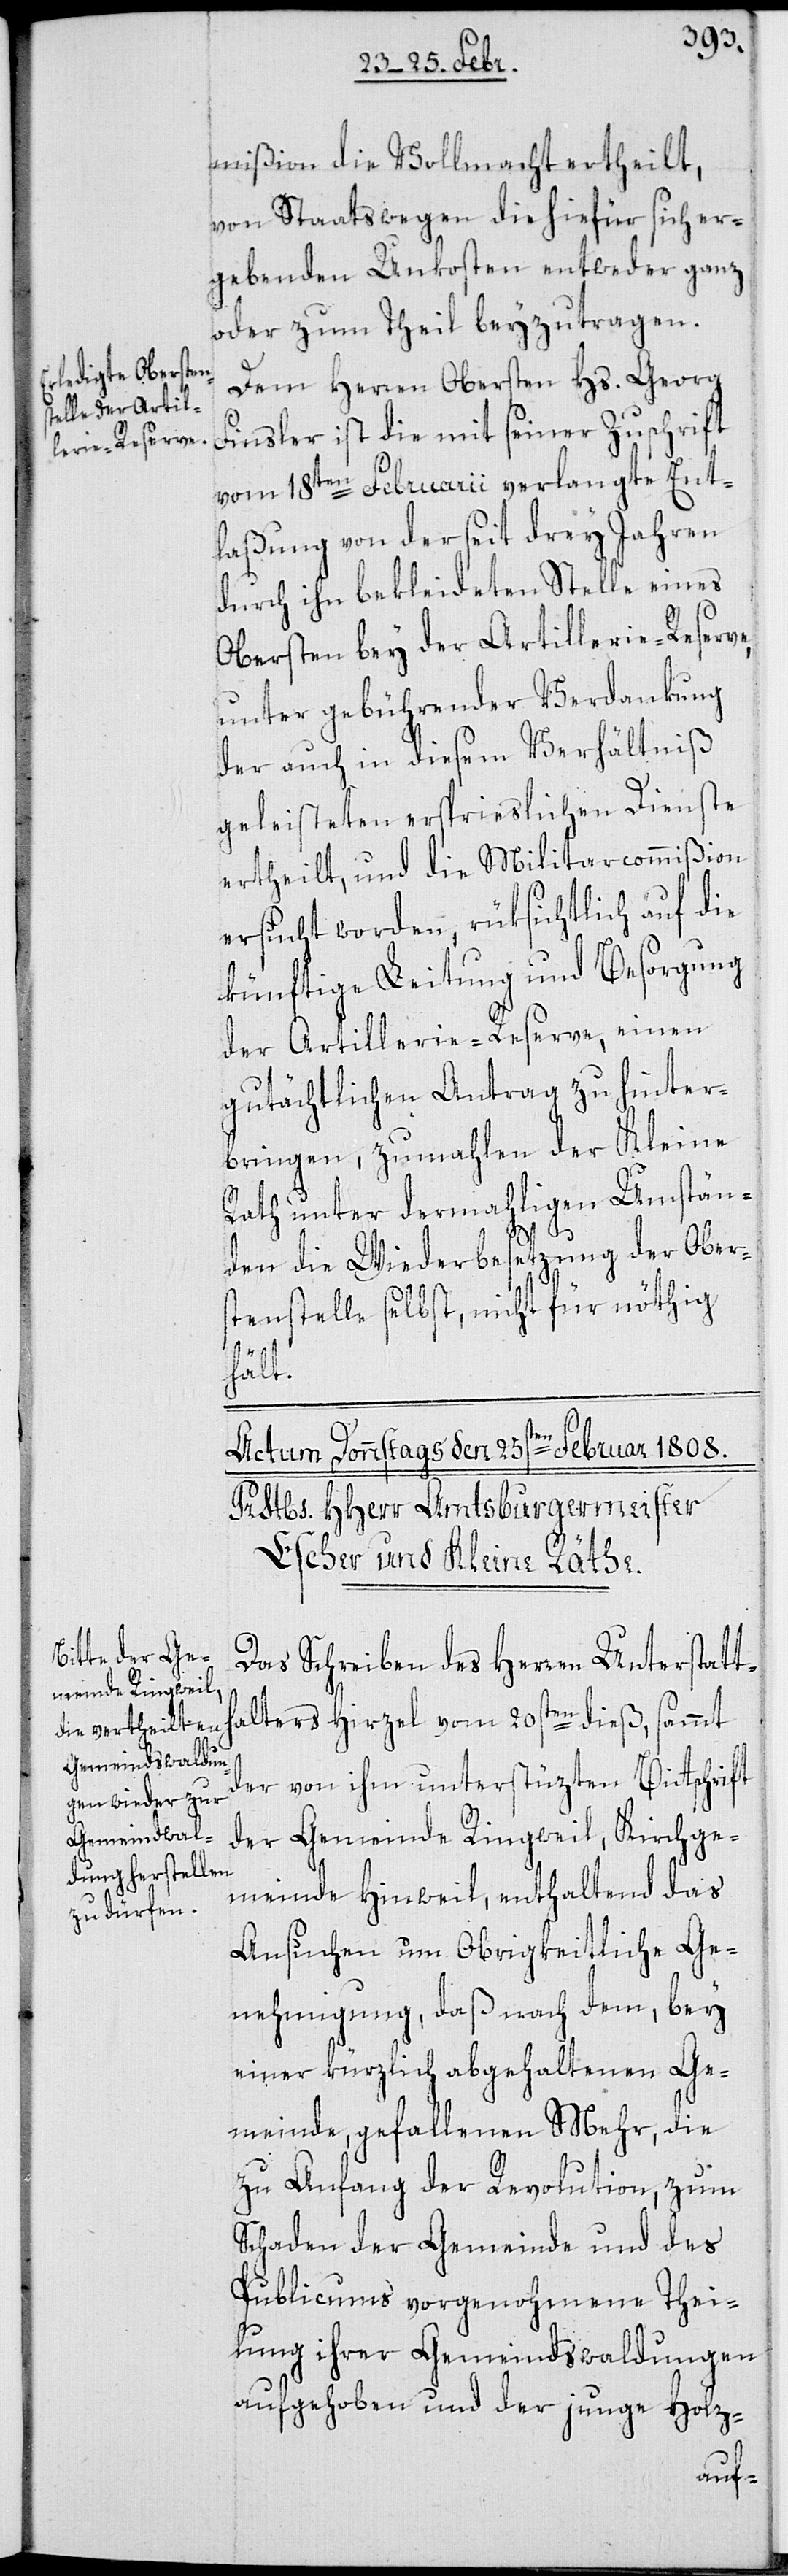
mißion die Vollmacht ertheilt,
von Staatswegen die hiefür sich er¬
gebenden Unkosten entweder ganz
oder zum Theil beyzutragen.
Dem Herren Obersten Hs. Georg
Finsler ist die mit seiner Zuschrift
vom 18ten Februarii verlangte Ent¬
laßung von der seit drey Jahren
durch ihn bekleideten Stelle eines
Obersten bey der Artillerie-Reserve,
unter gebührender Verdankung
der auch in diesem Verhältniß
geleisteten ersprieslichen Dienste
ertheilt, und die Militarcommißion
ersucht worden, rüksichtlich auf die
künftige Leitung und Besorgung
der Artillerie-Reserve, einen
gutächtlichen Antrag zu hinter¬
bringen, zumahlen der Kleine
Rath unter dermahligen Umstän¬
den die Wiederbesetzung der Ober¬
stenstelle selbst, nicht für nöthig
hält.
Das Schreiben des Herren Unterstatth¬
alters Hirzel vom 20sten dieß, sammt
der von ihm unterstüzten Bittschrift
der Gemeinde Ringweil, Kirchge¬
meinde Hinweil, enthaltend das
Ansuchen um Obrigkeitliche Ge¬
nehmigung, daß nach dem, bey
einer kürzlich abgehaltenen Ge¬
meinde gefallenen Mehr, die
zu Anfang der Revolution, zum
Schaden der Gemeinde und des
Publicums vorgenohmene Thei¬
lung ihrer Gemeindswaldungen
aufgehoben und der junge Holz-